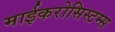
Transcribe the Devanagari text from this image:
माईकरोसिस्टम्स